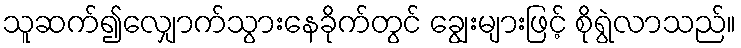
သူဆက်၍လျှောက်သွားနေခိုက်တွင် ချွေးများဖြင့် စိုရွဲလာသည်။